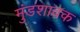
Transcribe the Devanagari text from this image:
मुंडशावक